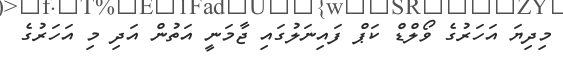
މިދިޔަ އަހަރުގެ ވޯލްޑް ކަޕް ފައިނަލުގައި ޖާމަނީ އަތުން އަދި މި އަހަރުގެ